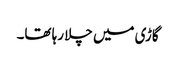
گاڑی میں چلا رہا تھا۔